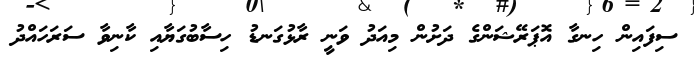
ސިފައިން ހިނގާ އޮޕަރޭޝަންގެ ދަށުން މިއަދު ވަނީ ރާޅުގަނޑު ހިސާބުގަޔާއި ކާނިވާ ސަރަހައްދު